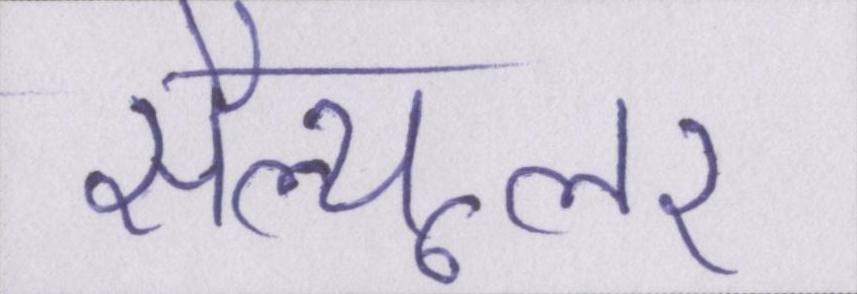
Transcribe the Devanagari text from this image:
सैल्यूलर